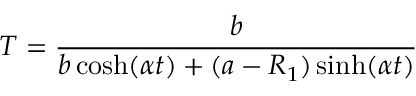
T = \frac { b } { b \cosh ( \alpha t ) + ( a - R _ { 1 } ) \sinh ( \alpha t ) }